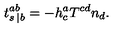
t _ { s \: | b } ^ { a b } = - h _ { c } ^ { a } T ^ { c d } n _ { d } .